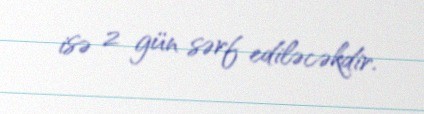
isə 2 gün sərf ediləcəkdir.